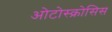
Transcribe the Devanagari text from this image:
ओटोस्क्रोसिस